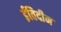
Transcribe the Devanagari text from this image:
ईतिदीन